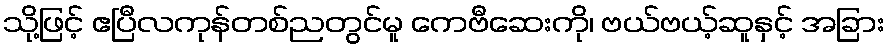
သို့ဖြင့် ဧပြီလကုန်တစ်ညတွင်မူ ကေဗီဆေးကို၊ ဗယ်ဗယ့်ဆူနှင့် အခြား